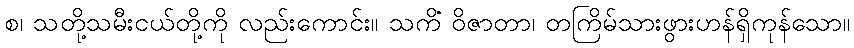
စ၊ သတို့သမီးငယ်တို့ကို လည်းကောင်း။ သကိံ ဝိဇာတာ၊ တကြိမ်သားဖွားဟန်ရှိကုန်သော။